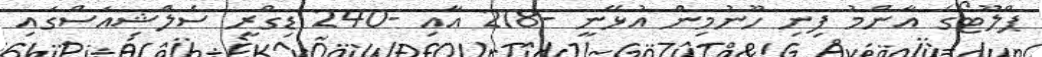
ޕްލޫޓޯގެ އާންމު ފިނި ހޫނުމިން އުޅޭނީ -218 އާއި -240 ޑިގްރީ ސެލްޝިއަސްގައި